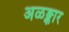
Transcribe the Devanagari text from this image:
अळङ्कार